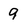
Character: 9